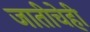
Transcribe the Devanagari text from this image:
जातीचेही